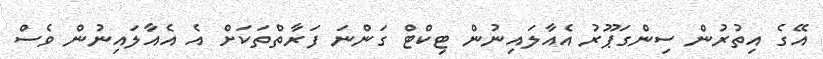
އޭގެ އިތުރުން ސިންގަޕޫރު އެއާލައިނުން ޓިކްޓް ގަންނަ ފަރާތްތަކަށް އެ އެއާލައިނުން ވެސް